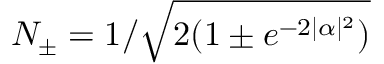
N _ { \pm } = 1 / \sqrt { 2 ( 1 \pm e ^ { - 2 | \alpha | ^ { 2 } } ) }